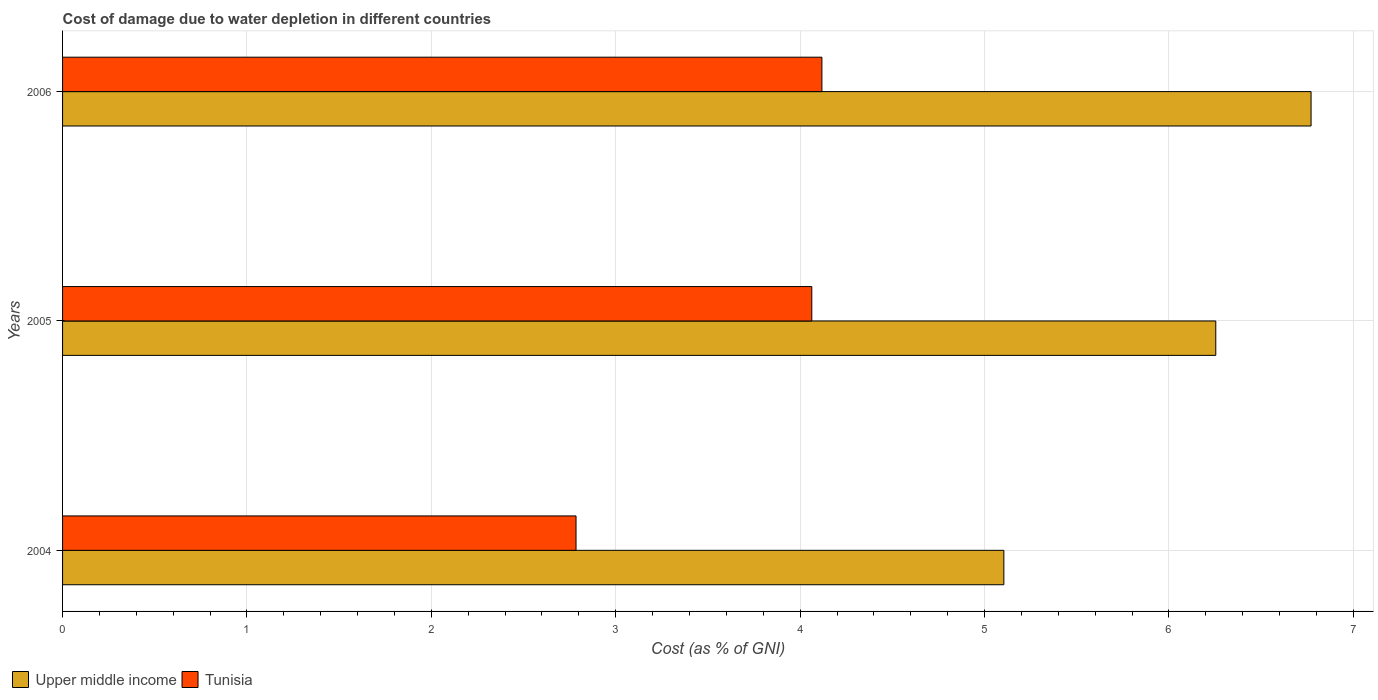
| Years | Upper middle income | Tunisia |
 | --- | --- | --- |
 | 2004 | 5.1 | 2.78 |
 | 2005 | 6.25 | 4.06 |
 | 2006 | 6.77 | 4.12 |